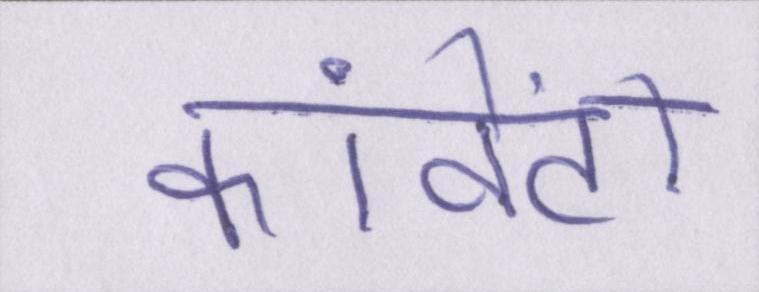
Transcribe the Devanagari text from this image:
कांवेंटों